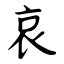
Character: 哀